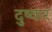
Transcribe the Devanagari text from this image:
दुष्वार